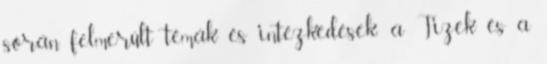
során felmerült témák és intézkedések: a Tizek és a